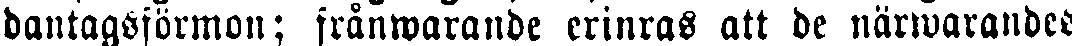
dantagsförmon; frånwarande erinras att de närwarandes